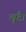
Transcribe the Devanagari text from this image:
खूटै।